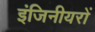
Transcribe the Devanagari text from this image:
इंजिनीयरों